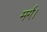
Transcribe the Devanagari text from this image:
मर्ग।